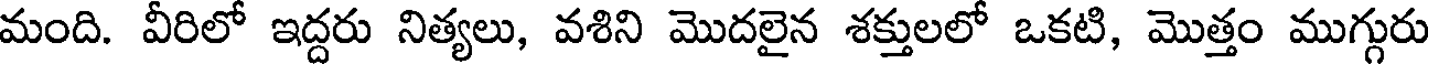
మంది. వీరిలో ఇద్దరు నిత్యలు, వశిని మొదలైన శక్తులలో ఒకటి, మొత్తం ముగ్గురు